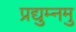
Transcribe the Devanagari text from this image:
प्रद्युम्नमु